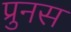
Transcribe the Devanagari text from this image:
प्रुनस